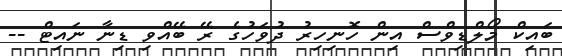
ބައިކް މޯލްޑިވްސް އިން ހޮނިހިރު ދުވަހުގެ ރޭ ބޭއްވި ޑިނާ ނައިޓް --